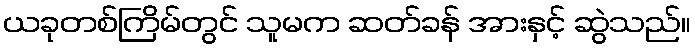
ယခုတစ်ကြိမ်တွင် သူမက ဆတ်ခန် အားနှင့် ဆွဲသည်။